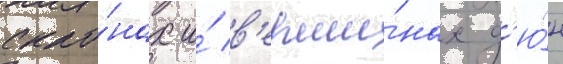
скло́нах и́ в'ерши́нах д'ю́н